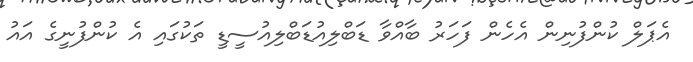
އެޕަލް ކުންފުނިން އެހެން ފަހަރު ބާއްވާ ޑަބްލިއުޑަބްލިއުސީޑީ ތަކުގައި އެ ކުންފުނީގެ އައު